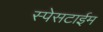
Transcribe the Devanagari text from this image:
स्पेसटाईम